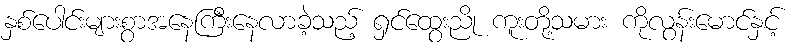
နှစ်ပေါင်းများစွာအနေကြီးနေလာခဲ့သည့် ရှင်ထွေးညို ကူးတို့သမား ကိုလွန်းမောင်နှင့်